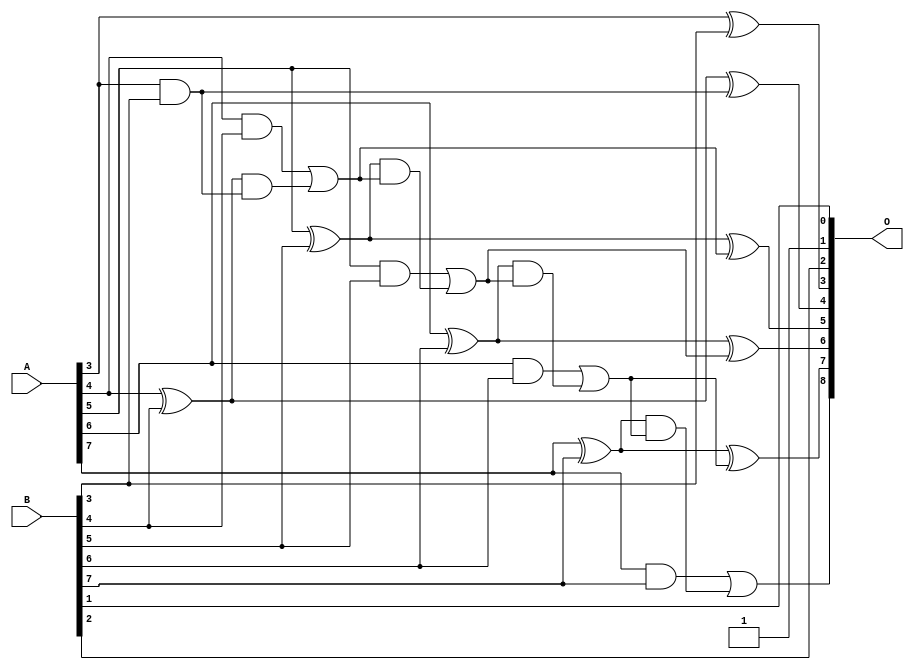
/***
* This code is a part of EvoApproxLib library (ehw.fit.vutbr.cz/approxlib) distributed under The MIT License.
* When used, please cite the following article(s): PRABAKARAN B. S., MRAZEK V., VASICEK Z., SEKANINA L., SHAFIQUE M. ApproxFPGAs: Embracing ASIC-based Approximate Arithmetic Components for FPGA-Based Systems. DAC 2020. 
***/
// MAE% = 0.55 %
// MAE = 2.8 
// WCE% = 1.37 %
// WCE = 7.0 
// WCRE% = 100.00 %
// EP% = 87.50 %
// MRE% = 1.50 %
// MSE = 12 
// FPGA_POWER = 0.31
// FPGA_DELAY = 6.7
// FPGA_LUT = 5.0


module add8u_0B1(A, B, O);
  input [7:0] A, B;
  output [8:0] O;
  wire sig_29, sig_32, sig_33, sig_34, sig_35, sig_37;
  wire sig_38, sig_39, sig_40, sig_42, sig_43, sig_44;
  wire sig_45, sig_47, sig_48, sig_49, sig_50;
  assign O[1] = 1'b1;
  assign O[3] = A[3] ^ B[3];
  assign sig_29 = A[3] & B[3];
  assign sig_32 = sig_29;
  assign sig_33 = A[4] ^ B[4];
  assign sig_34 = A[4] & B[4];
  assign sig_35 = sig_33 & sig_32;
  assign O[4] = sig_33 ^ sig_32;
  assign sig_37 = sig_34 | sig_35;
  assign sig_38 = A[5] ^ B[5];
  assign sig_39 = A[5] & B[5];
  assign sig_40 = sig_38 & sig_37;
  assign O[5] = sig_38 ^ sig_37;
  assign sig_42 = sig_39 | sig_40;
  assign sig_43 = A[6] ^ B[6];
  assign sig_44 = A[6] & B[6];
  assign sig_45 = sig_43 & sig_42;
  assign O[6] = sig_43 ^ sig_42;
  assign sig_47 = sig_44 | sig_45;
  assign sig_48 = A[7] ^ B[7];
  assign sig_49 = A[7] & B[7];
  assign sig_50 = sig_48 & sig_47;
  assign O[7] = sig_48 ^ sig_47;
  assign O[8] = sig_49 | sig_50;
  assign O[0] = B[1];
  assign O[2] = B[2];
endmodule